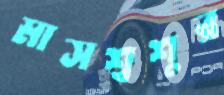
মাসশ্বশুর